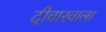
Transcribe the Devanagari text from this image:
दीवारवाला